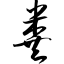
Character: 粪